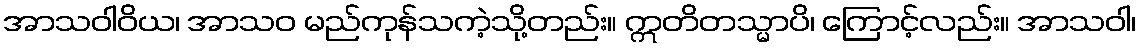
အာသဝါဝိယ၊ အာသဝ မည်ကုန်သကဲ့သို့တည်း။ ဣတိတသ္မာပိ၊ ကြောင့်လည်း။ အာသဝါ၊